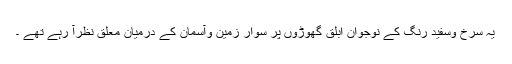
یہ سرخ وسفید رنگ کے نوجوان ابلق گھوڑوں پر سوار زمین وآسمان کے درمیان معلق نظرآ رہے تھے ۔